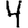
Digit: 4